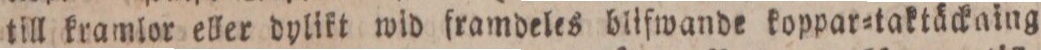
till kramlor eller dylikt wid framdeles blifwande koppar=taktäckaing